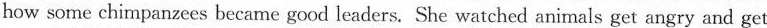
how some chimpanzees became good leaders. She watched animals get angry and get